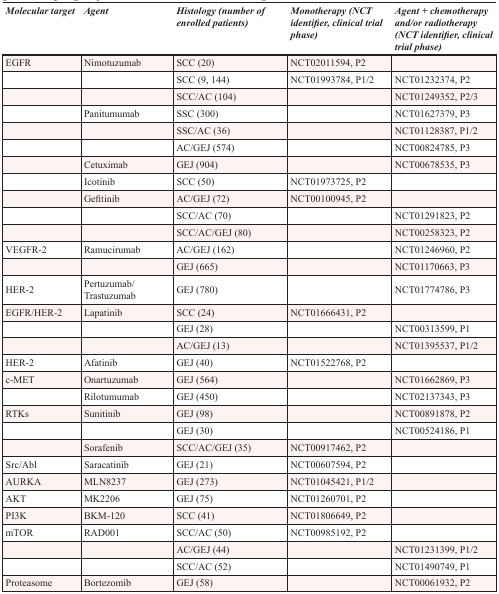
<table><thead><tr><td><b>Molecular target</b></td><td><b>Agent</b></td><td><b>Histology (number of enrolled patients)</b></td><td><b>Monotherapy (NCT identifier, clinical trial phase)</b></td><td><b>Agent + chemotherapy and/or radiotherapy (NCT identifier, clinical trial phase)</b></td></tr></thead><tbody><tr><td>EGFR</td><td>Nimotuzumab</td><td>SCC (20)</td><td>NCT02011594, P2</td><td>[EMPTY_CELL]</td></tr><tr><td>[EMPTY_CELL]</td><td>[EMPTY_CELL]</td><td>SCC (9, 144)</td><td>NCT01993784, P1/2</td><td>NCT01232374, P2</td></tr><tr><td>[EMPTY_CELL]</td><td>[EMPTY_CELL]</td><td>SCC/AC (104)</td><td>[EMPTY_CELL]</td><td>NCT01249352, P2/3</td></tr><tr><td>[EMPTY_CELL]</td><td>Panitumumab</td><td>SSC (300)</td><td>[EMPTY_CELL]</td><td>NCT01627379, P3</td></tr><tr><td>[EMPTY_CELL]</td><td>[EMPTY_CELL]</td><td>SSC/AC (36)</td><td>[EMPTY_CELL]</td><td>NCT01128387, P1/2</td></tr><tr><td>[EMPTY_CELL]</td><td>[EMPTY_CELL]</td><td>AC/GEJ (574)</td><td>[EMPTY_CELL]</td><td>NCT00824785, P3</td></tr><tr><td>[EMPTY_CELL]</td><td>Cetuximab</td><td>GEJ (904)</td><td>[EMPTY_CELL]</td><td>NCT00678535, P3</td></tr><tr><td>[EMPTY_CELL]</td><td>Icotinib</td><td>SCC (50)</td><td>NCT01973725, P2</td><td>[EMPTY_CELL]</td></tr><tr><td>[EMPTY_CELL]</td><td>Gefitinib</td><td>AC/GEJ (72)</td><td>NCT00100945, P2</td><td>[EMPTY_CELL]</td></tr><tr><td>[EMPTY_CELL]</td><td>[EMPTY_CELL]</td><td>SCC/AC (70)</td><td>[EMPTY_CELL]</td><td>NCT01291823, P2</td></tr><tr><td>[EMPTY_CELL]</td><td>[EMPTY_CELL]</td><td>SCC/AC/GEJ (80)</td><td>[EMPTY_CELL]</td><td>NCT00258323, P2</td></tr><tr><td>VEGFR-2</td><td>Ramucirumab</td><td>AC/GEJ (162)</td><td>[EMPTY_CELL]</td><td>NCT01246960, P2</td></tr><tr><td>[EMPTY_CELL]</td><td>[EMPTY_CELL]</td><td>GEJ (665)</td><td>[EMPTY_CELL]</td><td>NCT01170663, P3</td></tr><tr><td>HER-2</td><td>Pertuzumab/Trastuzumab</td><td>GEJ (780)</td><td>[EMPTY_CELL]</td><td>NCT01774786, P3</td></tr><tr><td>EGFR/HER-2</td><td>Lapatinib</td><td>SCC (24)</td><td>NCT01666431, P2</td><td>[EMPTY_CELL]</td></tr><tr><td>[EMPTY_CELL]</td><td>[EMPTY_CELL]</td><td>GEJ (28)</td><td>[EMPTY_CELL]</td><td>NCT00313599, P1</td></tr><tr><td>[EMPTY_CELL]</td><td>[EMPTY_CELL]</td><td>AC/GEJ (13)</td><td>[EMPTY_CELL]</td><td>NCT01395537, P1/2</td></tr><tr><td>HER-2</td><td>Afatinib</td><td>GEJ (40)</td><td>NCT01522768, P2</td><td>[EMPTY_CELL]</td></tr><tr><td>c-MET</td><td>Onartuzumab</td><td>GEJ (564)</td><td>[EMPTY_CELL]</td><td>NCT01662869, P3</td></tr><tr><td>[EMPTY_CELL]</td><td>Rilotumumab</td><td>GEJ (450)</td><td>[EMPTY_CELL]</td><td>NCT02137343, P3</td></tr><tr><td>RTKs</td><td>Sunitinib</td><td>GEJ (98)</td><td>[EMPTY_CELL]</td><td>NCT00891878, P2</td></tr><tr><td>[EMPTY_CELL]</td><td>[EMPTY_CELL]</td><td>GEJ (30)</td><td>[EMPTY_CELL]</td><td>NCT00524186, P1</td></tr><tr><td>[EMPTY_CELL]</td><td>Sorafenib</td><td>SCC/AC/GEJ (35)</td><td>NCT00917462, P2</td><td>[EMPTY_CELL]</td></tr><tr><td>Src/Abl</td><td>Saracatinib</td><td>GEJ (21)</td><td>NCT00607594, P2</td><td>[EMPTY_CELL]</td></tr><tr><td>AURKA</td><td>MLN8237</td><td>GEJ (273)</td><td>NCT01045421, P1/2</td><td>[EMPTY_CELL]</td></tr><tr><td>AKT</td><td>MK2206</td><td>GEJ (75)</td><td>NCT01260701, P2</td><td>[EMPTY_CELL]</td></tr><tr><td>PI3K</td><td>BKM-120</td><td>SCC (41)</td><td>NCT01806649, P2</td><td>[EMPTY_CELL]</td></tr><tr><td>mTOR</td><td>RAD001</td><td>SCC/AC (50)</td><td>NCT00985192, P2</td><td>[EMPTY_CELL]</td></tr><tr><td>[EMPTY_CELL]</td><td>[EMPTY_CELL]</td><td>AC/GEJ (44)</td><td>[EMPTY_CELL]</td><td>NCT01231399, P1/2</td></tr><tr><td>[EMPTY_CELL]</td><td>[EMPTY_CELL]</td><td>SCC/AC (52)</td><td>[EMPTY_CELL]</td><td>NCT01490749, P1</td></tr><tr><td>Proteasome</td><td>Bortezomib</td><td>GEJ (58)</td><td>[EMPTY_CELL]</td><td>NCT00061932, P2</td></tr></tbody></table>